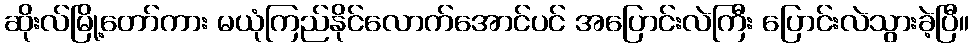
ဆိုးလ်မြို့တော်ကား မယုံကြည်နိုင်လောက်အောင်ပင် အပြောင်းလဲကြီး ပြောင်းလဲသွားခဲ့ပြီ။